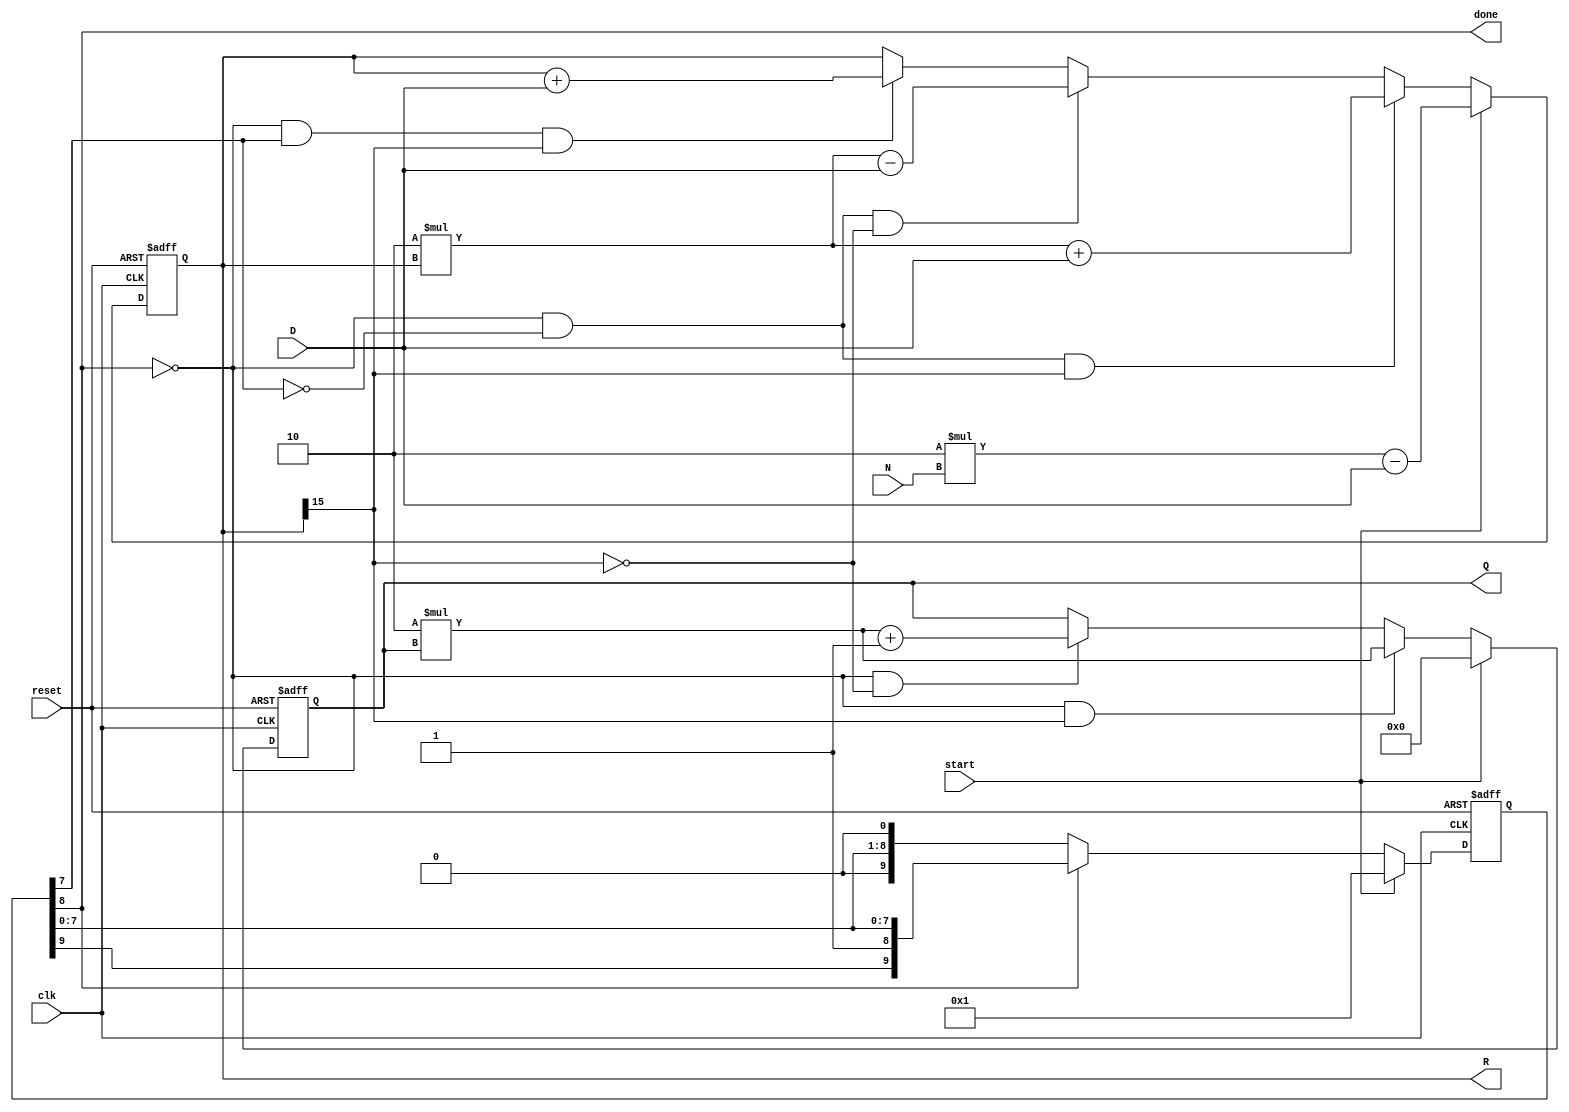
module divider(input wire         clk,
	       input wire 	  reset,
	       input wire  [15:0] N,
	       input wire  [15:0] D,
	       input wire 	  start,
	       output wire [ 7:0] Q,
	       output wire [15:0] R,
	       output wire 	  done);

   reg [7:0] 			  Qr;
   reg [15:0] 			  Rr;
   reg [9:0] 			  cnt;
   wire 			  last;
			  
   always @(posedge clk or posedge reset)
     if (reset)
       cnt <= 7'h0;
     else
       if (start)
	 cnt <= 7'h1;
       else if (~done)
	 cnt <= (cnt << 1);
       else
	 cnt <= cnt;
   
   assign last = cnt[7];
   assign done = cnt[8];
 
   always @(posedge clk or posedge reset)
     if (reset)
       Rr <= 16'h0;
     else
       if (start)
	 Rr <= 2 * N - D;
       else if (~done & ~last &  Rr[15])
	 Rr <= 2 * Rr + D;
       else if (~done & ~last & ~Rr[15])
	 Rr <= 2 * Rr - D;
       else if (~done &  last &  Rr[15])
	 Rr <= Rr + D;
       else
	 Rr <= Rr;
   
   always @(posedge clk or posedge reset)
     if (reset)
       Qr <= 16'h0;
     else
       if (start)
	 Qr <= 16'h0;
       else if (~done &  Rr[15])
	 Qr <= 2 * Qr;
       else if (~done & ~Rr[15])
	 Qr <= 2 * Qr + 1;
       else
	 Qr <= Qr;
   
   assign Q = Qr;
   assign R = Rr;
   
endmodule